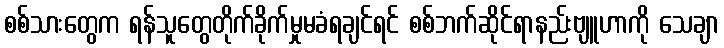
စစ်သားတွေက ရန်သူတွေတိုက်ခိုက်မှုမခံရချင်ရင် စစ်ဘက်ဆိုင်ရာနည်းဗျူဟာကို သေချာ